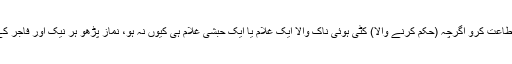
”سنو اور اطاعت کرو اگرچہ (حکم کرنے والا) کٹی ہوئی ناک والا ایک غلام یا ایک حبشی غلام ہی کیوں نہ ہو، نماز پڑھو ہر نیک اور فاجر کے پیچھے۔